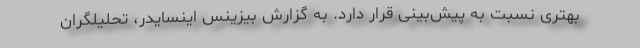
بهتری نسبت به پیش‌بینی قرار دارد. به گزارش بیزینس اینسایدر، تحلیلگران